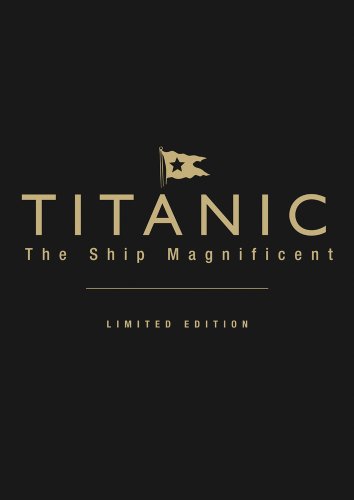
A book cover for Titanic: The Ship Magnificent: Volumes 1 & 2; Bruce Beveridge; Arts & Photography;